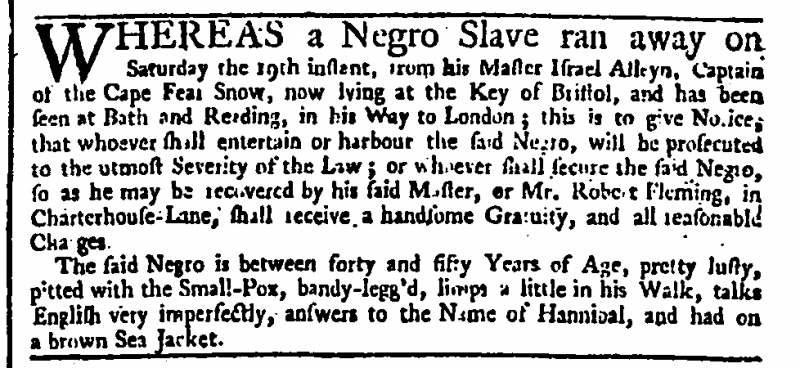
Daily Advertiser, 26 May 1744 (England)
WHEREAS a Negro Slave ran away on Saturday the 19th instant, from his Master Israel Alleyn, Captain of the Cape Fear Snow, now lying at the Key of Bristol, and has been seen at Bath and Reading, in his Way to London; this is to give Notice, that whoever shall entertain or harbour the said Negro, will be prosecuted to the utmost Severity of the Law; or whoever shall secure the said Negro, so as he may be recovered by his said Master, or Mr. Robert Fleming, in Charterhouse-Lane, shall receive a handsome Gratuity, and all reasonable Charges.  The said Negro is between forty and fifty Years of Age, pretty lusty, pitted with the Small-Pox, bandy-legg’d, limps a little in his Walk, talks English very imperfectly, answers to the Name of Hannibal, and had on a brown Sea Jacket.